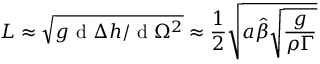
L \approx \sqrt { g \textrm { d } \Delta { h } / \textrm { d } \Omega ^ { 2 } } \approx \frac { 1 } { 2 } \sqrt { a \hat { \beta } \sqrt { \frac { g } { \rho \Gamma } } }